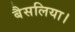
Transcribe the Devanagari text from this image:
बैसलिया।